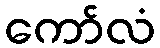
ကော်လံ